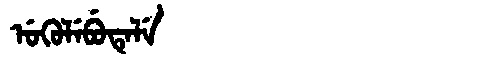
Manchu: ᡠᡴᡠᠯᡝᠪᡠᡨᡝᠯᡝ
Romanization: UKULEBUTELE